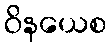
ဝိနယေစ